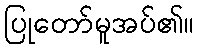
ပြုတော်မူအပ်၏။